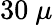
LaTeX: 30~\mu